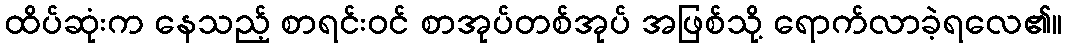
ထိပ်ဆုံးက နေသည့် စာရင်းဝင် စာအုပ်တစ်အုပ် အဖြစ်သို့ ရောက်လာခဲ့ရလေ၏။